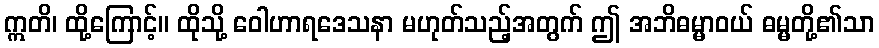
ဣတိ၊ ထို့ကြောင့်။ ထိုသို့ ဝေါဟာရဒေသနာ မဟုတ်သည့်အတွက် ဤ အဘိဓမ္မာဝယ် ဓမ္မတို့၏သာ